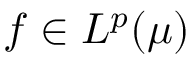
f \in L ^ { p } ( \mu )